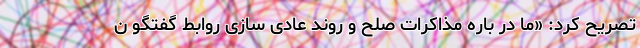
تصریح کرد: «ما در باره مذاکرات صلح و روند عادی سازی روابط گفتگو ن